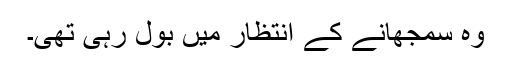
وہ سمجھانے کے انتظار میں بول رہی تھی۔